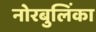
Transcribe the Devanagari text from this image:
नोरबुलिंका